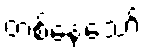
တစ်နေ့သော်